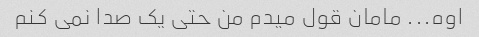
اوه... مامان قول میدم من حتی یک صدا نمی کنم